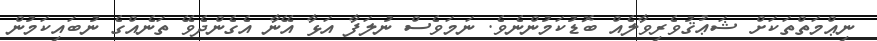
ނިޢްމަތްތަކަށް ޝަޢުޤުވެރިވާލެއް ބޮޑުކަމުންނެވެ. ނަމަވެސް ނުލަފާ އަޅާ އޭނާ އެގެންދެވޭ ތަނެއްގެ ނުބައިކަމުން